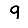
Digit: 9